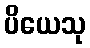
ပိယေသု